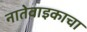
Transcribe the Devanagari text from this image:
नातेवाइकाचा